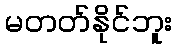
မတတ်နိုင်ဘူး